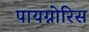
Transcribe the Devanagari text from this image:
पायग्नोरिस